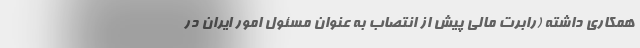
همکاری داشته (رابرت مالی پیش از انتصاب به عنوان مسئول امور ایران در